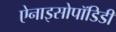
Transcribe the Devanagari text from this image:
ऐनाइसोपॉडिडी